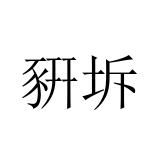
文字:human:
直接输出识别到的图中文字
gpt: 豣坼